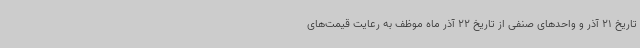
تاریخ 21 آذر و واحدهای صنفی از تاریخ 22 آذر ماه موظف به رعایت قیمت‌های